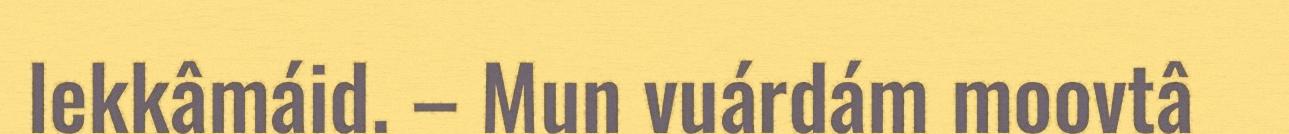
lekkâmáid. – Mun vuárdám moovtâ